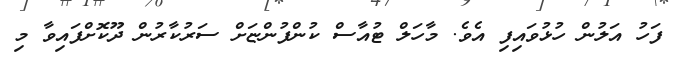
ފަހު އަލުން ހުޅުވައިފި އެވެ. މާހަލް ޓުއާސް ކުންފުންޏަށް ސަރުކާރުން ދޫކޮށްފައިވާ މި